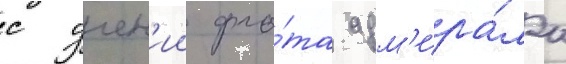
с учен'ии фло́та адм'ира́ла